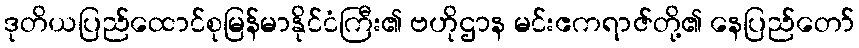
ဒုတိယပြည်ထောင်စုမြန်မာနိုင်ငံကြီး၏ ဗဟိုဌာန မင်းဧကရာဇ်တို့၏ နေပြည်တော်